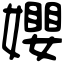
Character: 𡢞